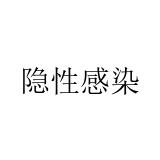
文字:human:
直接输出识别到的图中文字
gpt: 隐性感染